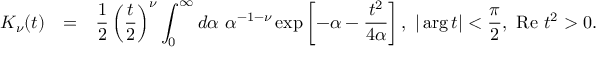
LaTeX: \begin{array} { r c l } { { K _ { \nu } ( t ) } } & { { = } } & { { \displaystyle \frac { 1 } { 2 } \left( \frac { t } { 2 } \right) ^ { \nu } \int _ { 0 } ^ { \infty } d \alpha ~ \alpha ^ { - 1 - \nu } \exp \left[ - \alpha - \frac { t ^ { 2 } } { 4 \alpha } \right] , ~ | \arg t | < \frac { \pi } { 2 } , ~ \mathrm { R e ~ } t ^ { 2 } > 0 . } } \end{array}